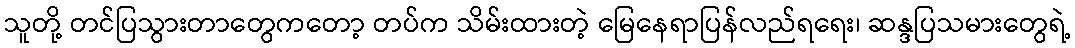
သူတို့ တင်ပြသွားတာတွေကတော့ တပ်က သိမ်းထားတဲ့ မြေနေရာပြန်လည်ရရေး၊ ဆန္ဒပြသမားတွေရဲ့